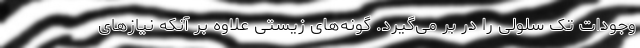
وجودات تک سلولی را در بر می‌گیرد. گونه‌های زیستی علاوه بر آنکه نیازهای